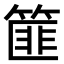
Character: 篚